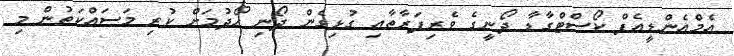
އެމްއެންޑީއެފް ކޯސްޓްގާޑާ ދޯނީގެ ވެރިފަރާތާއި ގުޅިގެން ދޯނި ހޯދުމަށް ކުރި މަސައްކަތުން މި